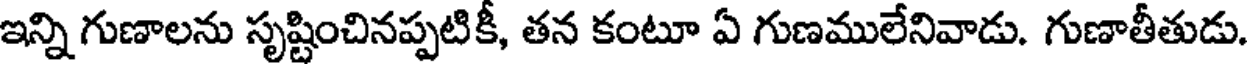
ఇన్ని గుణాలను సృష్టించినప్పటికీ, తన కంటూ ఏ గుణములేనివాడు. గుణాతీతుడు.